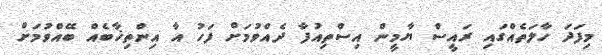
މިފަދަ ހާލަތެއްގައި ރައީސް ޔާމީން އިސްތިއުފާ ދެއްވުމަށް ފަހު އާ އިންތިޚާބެއް ބޭއްވުމަށް